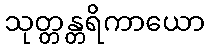
သုတ္တန္တရိကာယော